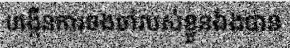
បង្កើនការចងចាំរបស់ខ្លួនឯងបាន